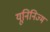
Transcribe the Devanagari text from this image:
यूनिनिज्म